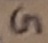
Text: G